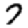
Digit: 7